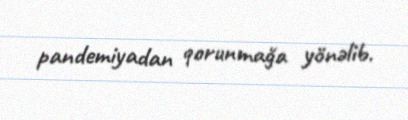
pandemiyadan qorunmağa yönəlib.